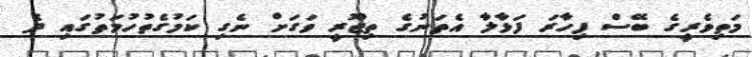
މަތިވެރީގެ ބޭސް ފިހާރަ ފަޅާލާ އެތަނުގެ ތިޖޫރީ ވަގަށް ނެގި ކަމުގެތުހުމަތުގައި ދެ